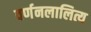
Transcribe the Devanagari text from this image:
वर्णनलालित्य